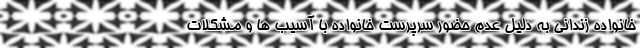
خانواده زندانی به دلیل عدم حضور سرپرست خانواده با آسیب ها و مشکلات